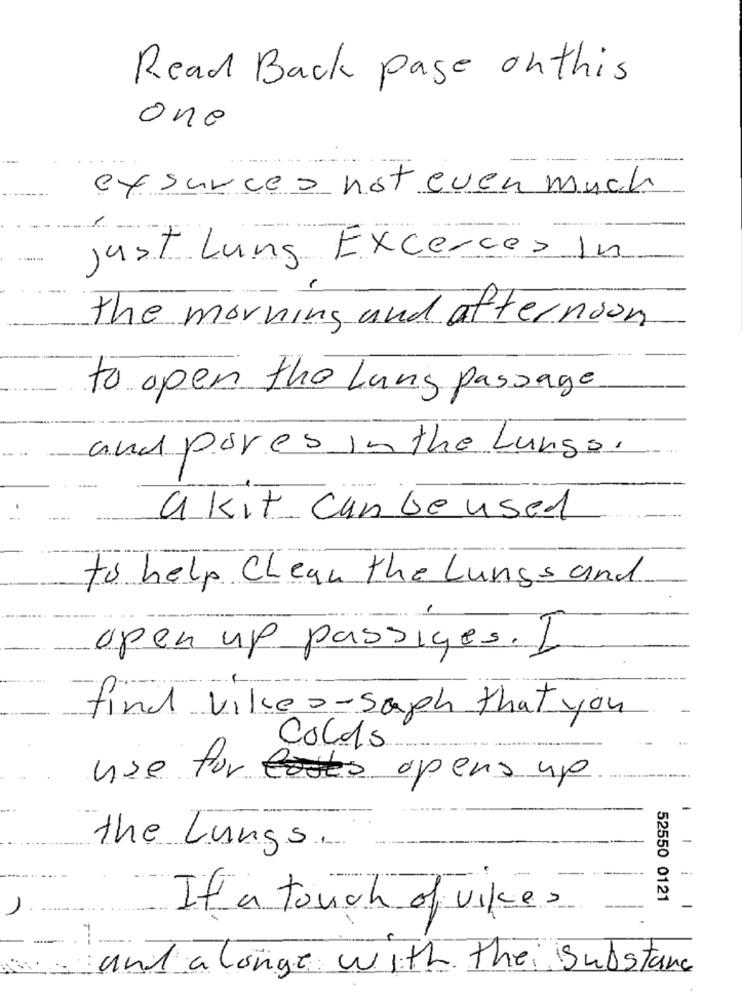
Read Back page onthis
one
ex surces not even much
-
Just Lung Excerces In
the morning and afternoon
to open the Lung passage
and pores In the Lungs.
akit Can be used
to help Clean the Lungs and
open up passiges. I
find viker-saph that you
Colds
use for tasks opens up
the Lungs.
52550 0121
1
If a touch of vike
-
and a longe with the substance